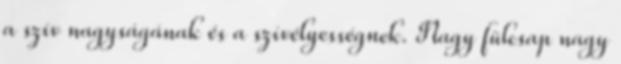
a szív nagyságának és a szívélyességnek. Nagy fülcsap nagy